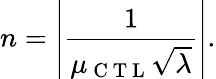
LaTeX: n=\left|\frac{1}{\mu_{\mathrm{~C~T~L~}}\sqrt{\lambda}}\right|.